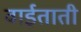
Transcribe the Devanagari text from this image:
वाईताती